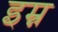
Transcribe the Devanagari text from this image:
इम्न